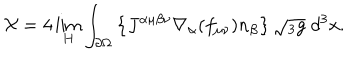
LaTeX: { \cal X } = 4 \lim _ { H } \int _ { \partial \Omega } \left\{ J ^ { \alpha \mu \beta \nu } \nabla _ { \alpha } ( f _ { \mu \nu } ) n _ { \beta } \right\} \sqrt { { } _ { 3 } g } \; d ^ { 3 } x .